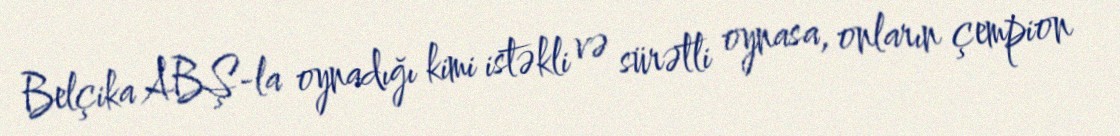
Belçika ABŞ-la oynadığı kimi istəkli və sürətli oynasa, onların çempion